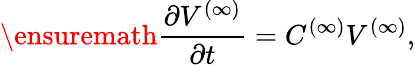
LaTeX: \ensuremath{\frac{\partial V^{(\infty)}}{\partial t}}=C^{(\infty)}V^{(\infty)},